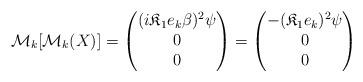
LaTeX: \begin{align*} \mathcal M_k[ \mathcal M_k(X) ] = \begin{pmatrix} (i \mathfrak K_1 e_k \beta)^2\psi \\ 0 \\ 0\end{pmatrix} = \begin{pmatrix} - (\mathfrak K_1 e_k)^2 \psi \\ 0 \\ 0\end{pmatrix}\end{align*}